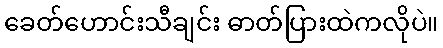
ခေတ်ဟောင်းသီချင်း ဓာတ်ပြားထဲကလိုပဲ။